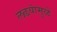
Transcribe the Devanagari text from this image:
लढयांमुळे